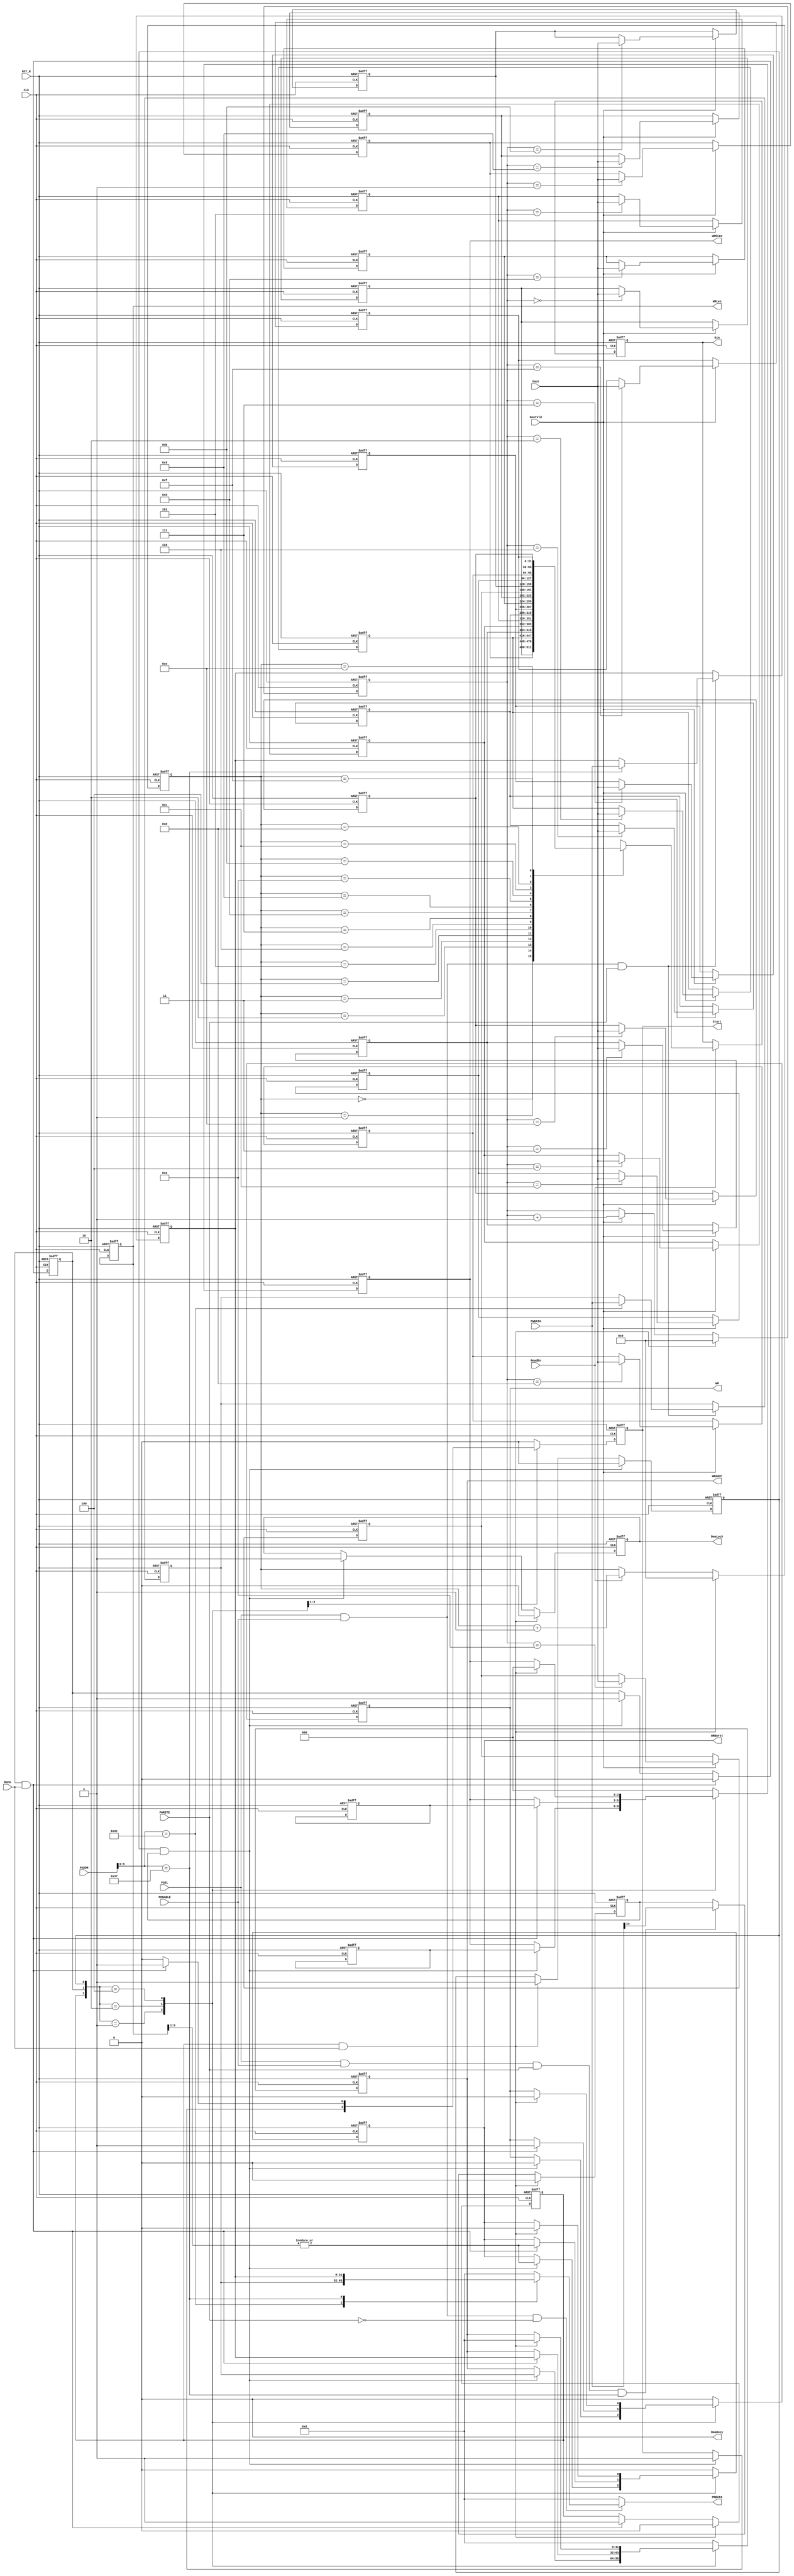
//================================================================================
// Description        : 
//                      
//                      
//================================================================================
module AHB_DMA(
input         CLk             , //clock
input         RST_N           , //reset
//apb
input         PSEL            , 
input         PENABLE         ,
input         PWRITE          ,
input  [31:0] PADDR           ,
input  [31:0] PWDATA          ,
output [31:0] PRDATA          ,
//if
output        DmaBusy         ,
output        DmaLock         ,
output        Start           ,
output [ 2:0] WRSize          ,
output        WR              ,
output [31:0] WRAddr          ,
output [ 9:0] WRLen           ,
output        WRBurst         ,
output [31:0] Din             ,      
input         ReadEn          ,
input         DoutVld         ,
input  [31:0] Dout            ,
input         Done            
);

parameter    BUF = 16        ;
parameter    SIMPLE_DMA_CTRL_ADDR1 = 6'b111100 ;
parameter    SIMPLE_DMA_CTRL_ADDR2 = 6'b110111 ;
parameter    SIMPLE_DMA_CTRL_ADDR3 = 6'b110111 ;

reg    [31:0] Fifo[BUF-1:0]   ;

reg    [31:0] SrcAddr         ;
reg    [31:0] DirAddr         ;
reg    [ 2:0] SrcSize         ;
reg    [ 2:0] DirSize         ;
reg           Enable          ;

reg    [ 3:0] ReceiveCnt      ;
reg    [ 3:0] SendCnt         ;

reg           iDmaLock        ;

reg           iStart          ;
reg    [31:0] iWRAddr         ;
reg    [ 2:0] iWRSize         ;
reg           iWR             ;
reg    [ 9:0] iWRLen          ;
reg           iWRBurst        ;
reg    [31:0] iDin            ;     
reg    [31:0] iPRDATA         ;


always @(posedge CLk or negedge RST_N) begin 
    if (!RST_N) begin
        SrcAddr <= #1 32'b0 ;
        DirAddr <= #1 32'b0 ;
        SrcSize <= #1 3'b0  ;
        DirSize <= #1 3'b0  ;
        iWRLen  <= #1 10'b0 ;
    end
    else begin
        if(PSEL & PENABLE & PWRITE) begin
            case(PADDR[5:0])
	            SIMPLE_DMA_CTRL_ADDR1 : SrcAddr <= #1 PWDATA ;
	            SIMPLE_DMA_CTRL_ADDR2 : DirAddr <= #1 PWDATA ;
	            SIMPLE_DMA_CTRL_ADDR3 : begin 
	                SrcSize <= #1 PWDATA[1:0] ; 
	                DirSize <= #1 PWDATA[3:2] ; 
	                iWRLen <= #1 PWDATA[13:4]; 
	            end
            endcase
        end
    end
end

always @(*) begin
    iPRDATA = 32'b0 ;
    if(PSEL & PENABLE & ~PWRITE) begin
        case(PADDR[5:0])
            SIMPLE_DMA_CTRL_ADDR1 : iPRDATA = SrcAddr ;
            SIMPLE_DMA_CTRL_ADDR2 : iPRDATA = DirAddr ;
            SIMPLE_DMA_CTRL_ADDR3 : iPRDATA = {17'b0,Enable,iWRLen,DirSize,SrcSize};
            default               : iPRDATA = 32'b0 ;
        endcase
    end
end

reg          StateIdle       ;
reg          StateRead       ;
reg          StateWrite      ;

wire         StartIdle  = StateWrite & Done ;
wire         StartRead  = StateIdle & Enable;
wire         StartWrite = StateRead & Done  ;

always @(posedge CLk or negedge RST_N) begin
    if (!RST_N) begin
        StateIdle  <= #1 1'b1  ;
        StateRead  <= #1 1'b0  ;
        StateWrite <= #1 1'b0 ;
    end
    else begin
        if(StartRead)       StateIdle <= #1 1'b0 ;
        else if(StartIdle)  StateIdle <= #1 1'b1 ;

        if(StartWrite)      StateRead <= #1 1'b0 ;
        else if(StartRead)  StateRead <= #1 1'b1 ;

        if(StartIdle)       StateWrite <= #1 1'b0 ;
        else if(StartWrite) StateWrite <= #1 1'b1 ;
    end
end

always @(posedge CLk or negedge RST_N) begin
    if (!RST_N) begin
        iStart   <= #1 'b0 ;
        iWRAddr  <= #1 'b0 ;
        iWRSize  <= #1 'b0 ;
        iWR      <= #1 'b0 ;
        iWRBurst <= #1 'b0 ;
    end
    else begin
        case({StateWrite, StateRead, StateIdle})
            3'b001  : begin
        	    if(StartRead) begin
	                iStart   <= #1 1'b1 ;
                    iWRAddr  <= #1 SrcAddr       ;
                    iWRSize  <= #1 SrcSize       ;
                    iWR      <= #1 1'b0          ;
                    iWRBurst <= #1 |iWRLen[9:1]  ;
	            end
            end
            3'b010  : begin
	            iStart <= #1 1'b0  ;
	            if(StartWrite) begin
	                iStart   <= #1 1'b1 ;
                    iWRAddr  <= #1 DirAddr       ;
                    iWRSize  <= #1 DirSize       ;
                    iWR      <= #1 1'b1          ;
                    iWRBurst <= #1 |iWRLen[9:1]  ;
	            end
            end
            3'b100  : begin
	            iStart <= #1 1'b0  ;
	            if(StartIdle) begin
	                iStart   <= #1 'b0 ;
                    iWRAddr  <= #1 'b0 ;
                    iWRSize  <= #1 'b0 ;
                    iWR      <= #1 'b0 ;
                    iWRBurst <= #1 'b0 ;
	            end
            end
            default : begin
	            iStart   <= #1 'b0 ;
                iWRAddr  <= #1 'b0 ;
                iWRSize  <= #1 'b0 ;
                iWR      <= #1 'b0 ;
                iWRBurst <= #1 'b0 ;
            end
        endcase
    end
end


always @(posedge CLk or negedge RST_N) begin
    if (!RST_N) begin
        Enable <= #1 1'b0 ;
    end
    else if(StartIdle) begin
        Enable <= #1 1'b0 ;
    end
    else if(PSEL && PENABLE && PWRITE && (PADDR[5:0] == SIMPLE_DMA_CTRL_ADDR3)) begin
        Enable <= #1 PWDATA[14] ;
    end
end

always @(posedge CLk or negedge RST_N) begin
    if (!RST_N) begin
        iDmaLock <= #1 1'b0 ;
    end
    else if(StartIdle) begin
        iDmaLock <= #1 1'b0 ;
    end
    else if(StartRead) begin
        iDmaLock <= #1 1'b1 ;
    end
end

always @(posedge CLk or negedge RST_N) begin
    if (!RST_N) begin
        ReceiveCnt <= #1 4'b0 ;
    end
    else if(StartIdle) begin
        ReceiveCnt <= #1 4'b0 ;
    end
    else if(DoutVld) begin
        ReceiveCnt <= #1 ReceiveCnt + 1'b1 ;
    end
end

always @(posedge CLk or negedge RST_N) begin
    if (!RST_N) begin
        SendCnt <= #1 4'b0 ;
    end
    else if(StartIdle) begin
        SendCnt <= #1 4'b0 ;
    end
    else if(ReadEn) begin
        SendCnt <= #1 SendCnt + 1'b1 ;
    end
end

integer       i      ;
always @(posedge CLk or negedge RST_N) begin
    if (!RST_N) begin
        for(i = 0 ; i < BUF ; i = i + 1) 
            Fifo[i] <= #1 32'b0 ;
        end
    else if(DoutVld) begin
        Fifo[ReceiveCnt] <= #1 Dout  ;
    end
end

always @(posedge CLk or negedge RST_N) begin
    if (!RST_N) begin
        iDin <= #1 32'b0 ;
    end
    else if(ReadEn) begin
        iDin <= #1 Fifo[SendCnt] ;
    end
end

assign   DmaBusy     = 1'b0     ;
assign   DmaLock     = iDmaLock ;
assign   Start       = iStart   ;
assign   WRSize      = iWRSize  ;
assign   WR          = iWR      ;
assign   WRAddr      = iWRAddr  ;
assign   WRLen       = iWRLen   ;
assign   WRBurst     = iWRBurst ;
assign   Din         = iDin     ;

assign   PRDATA      = iPRDATA  ;


endmodule